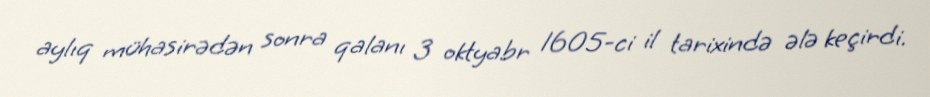
aylıq mühasirədən sonra qalanı 3 oktyabr 1605-ci il tarixində ələ keçirdi.